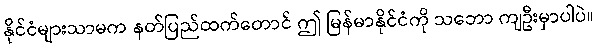
နိုင်ငံများသာမက နတ်ပြည်ထက်တောင် ဤ မြန်မာနိုင်ငံကို သဘော ကျဦးမှာပါပဲ။